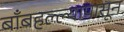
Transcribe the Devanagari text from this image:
बाँबहल्ल्यापासून